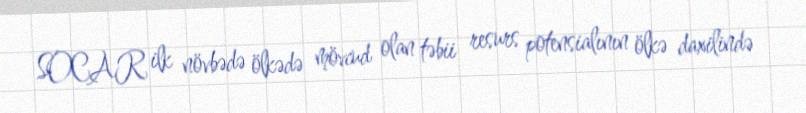
SOCAR ilk növbədə ölkədə mövcud olan təbii resurs potensialının ölkə daxilində